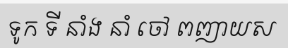
ទូក ទី នាំង នាំ ចៅ ពញាយស